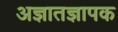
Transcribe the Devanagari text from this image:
अज्ञातज्ञापक